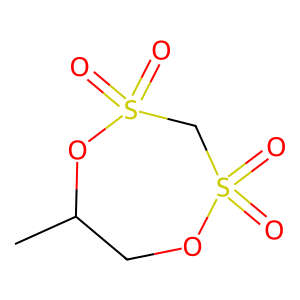
SMILES: CC1COS(=O)(=O)CS(=O)(=O)O1
Inhibits HIV replication: No